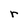
Character: r